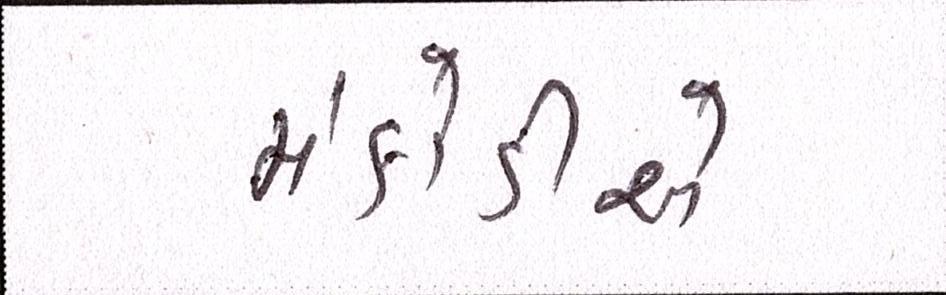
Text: મંકોડીએ